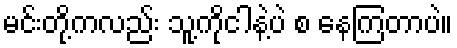
မင်းတို့ကလည်း သူ့ကိုငါနဲ့ပဲ စ နေကြတာပဲ။